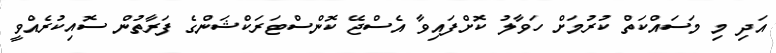
އަދި މި މަސައްކަތް ކުރުމަށް ހަވާލު ކޮށްފައިވާ އެސްޖޭ ކޮންސްޓަރަކްޝަންގެ ފަރާތުން ސޮއިކުރެއްވީ